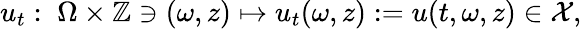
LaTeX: u_{t}:\; \Omega\times\mathbb{Z}\ni(\omega,z)\mapsto u_{t}(\omega,z):=u(t,\omega,z)\in\mathcal{X},